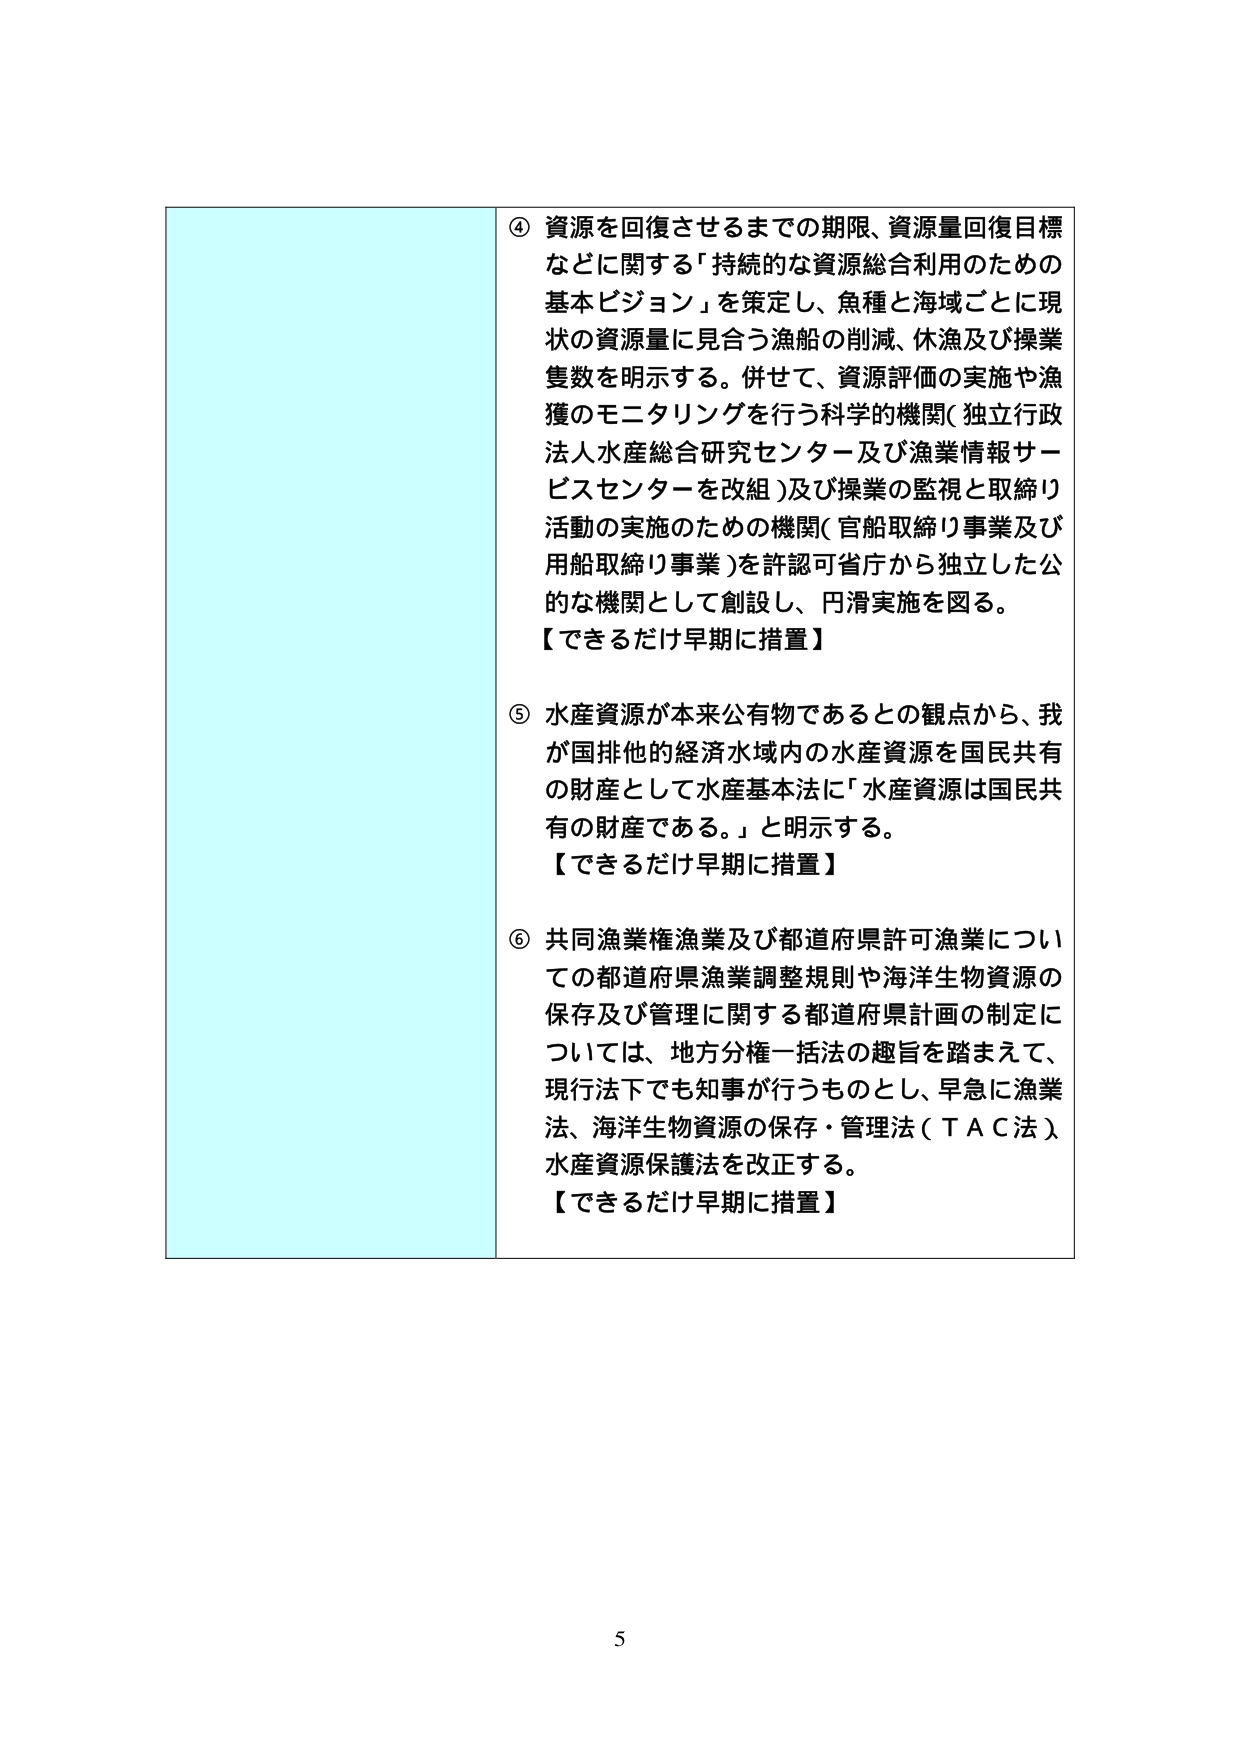
④ 資源を回復させるまでの期限、資源量回復目標などに関する「持続的な資源総合利用のための基本ビジョン」を策定し、魚種と海域ごとに現状の資源量に見合う漁船の削減、休漁及び操業隻数を明示する。併せて、資源評価の実施や漁獲のモニタリングを行う科学的機関（独立行政法人水産総合研究センター及び漁業情報サービスセンターを改組）及び操業の監視と取締り活動の実施のための機関（官船取締り事業及び用船取締り事業）を許認可省庁から独立した公的な機関として創設し、円滑実施を図る。
【できるだけ早期に措置】

⑤ 水産資源が本来公有物であるとの観点から、我が国排他的経済水域内の水産資源を国民共有の財産として水産基本法に「水産資源は国民共有の財産である。」と明示する。
【できるだけ早期に措置】

⑥ 共同漁業権漁業及び都道府県許可漁業についての都道府県漁業調整規則や海洋生物資源の保存及び管理に関する都道府県計画の制定については、地方分権一括法の趣旨を踏まえて、現行法下でも知事が行うものとし、早急に漁業法、海洋生物資源の保存・管理法（ＴＡＣ法）、水産資源保護法を改正する。
【できるだけ早期に措置】

5